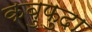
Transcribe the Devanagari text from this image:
कबुफुदा